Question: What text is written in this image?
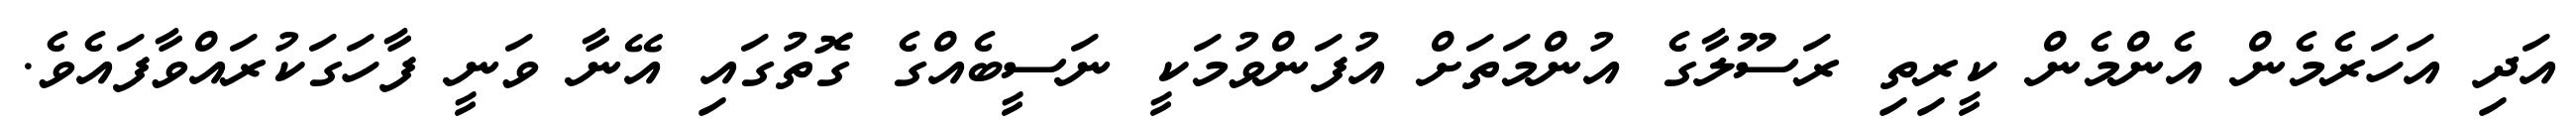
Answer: އަދި އަހަރެމެން އެންމެން ކީރިތި ރަސޫލާގެ އުންމަތަށް އުފަންވުމަކީ ނަސީބެއްގެ ގޮތުގައި އޭނާ ވަނީ ފާހަގަކުރައްވާފައެވެ.